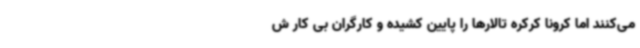
می‌کنند اما کرونا کرکره تالارها را پایین کشیده و کارگران بی کار ش